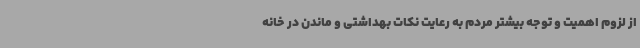
از لزوم اهمیت و توجه بیشتر مردم به رعایت نکات بهداشتی و ماندن در خانه